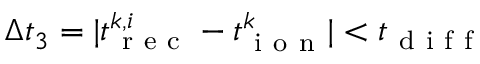
\Delta t _ { 3 } = | t _ { \mathrm { ~ r ~ e ~ c ~ } } ^ { k , i } - t _ { \mathrm { ~ i ~ o ~ n ~ } } ^ { k } | < t _ { \mathrm { ~ d ~ i ~ f ~ f ~ } }